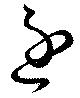
逐